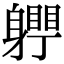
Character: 𨊀